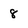
Character: 8